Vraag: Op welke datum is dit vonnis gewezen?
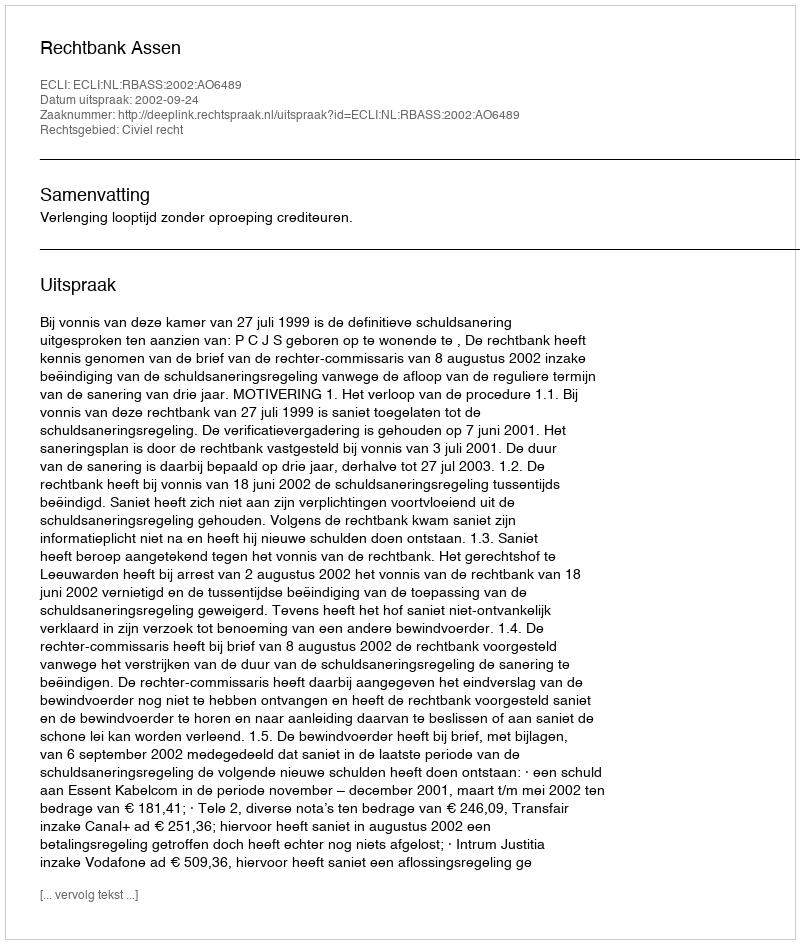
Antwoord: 2002-09-24